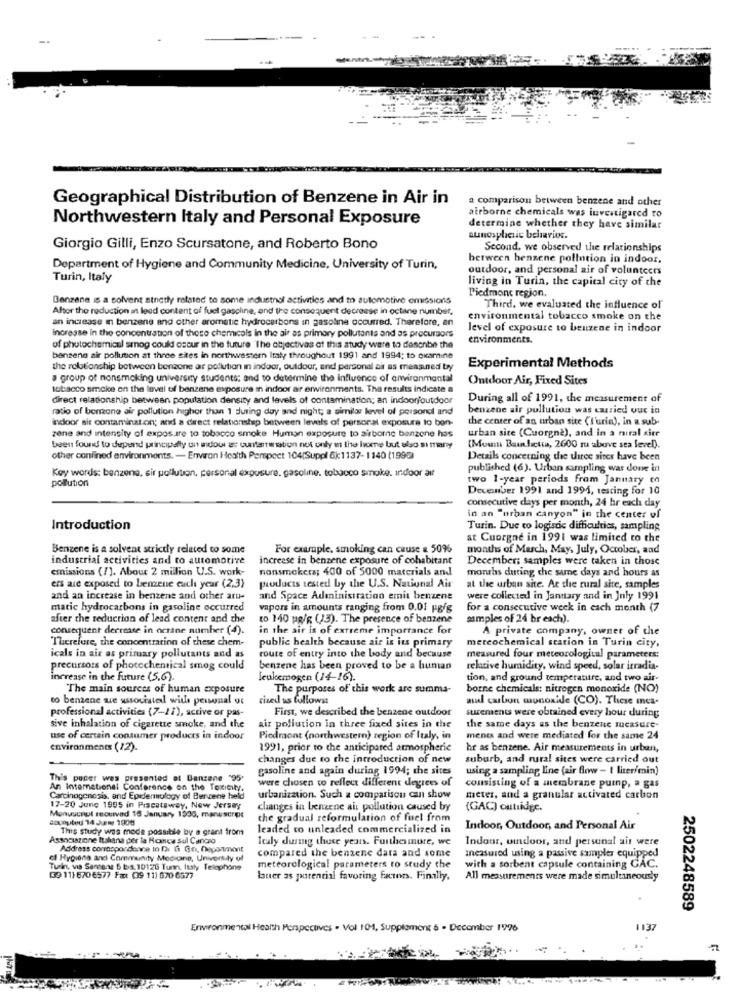
Geographical Distribution of Benzene in Air in
a comparison between benzene and other
airborne chemicals was invertigared to
Northwestern Italy and Personal Exposure
determine whether they have similar
atmospheric behavior.
Giorgio Gilli, Enzo Scursatone, and Roberto Bono
Second, we observed the relationships
between benzene pollution in indoor.
Department of Hygiene and Community Medicine, University of Turin,
outdoor, and personal air of volunteers
Turin, Italy
living in Turin, the capital city of the
Piedmont region.
Benzene is a solvent strictly related to some industhel activities and m automotive emissions
Aftor the reduction an leed content ai fuel gasoline, and the consequent decrease in octane number,
Third. we evaluated the influence of
an increase in benzene and other aromatic hydrocarbons in gasoline occurred. Therefore, en
environmental tobacco smoke on the
increase in the concentration of those chemicals in the air as primary pollutants and as precursors
level of exposure to benzene in indoor
environments.
of photochemical smog could occur in the future The objectives of this study ware to describe the
benzene air pollution at three sites in northwestern Italy throughout 1991 and 1994; to ckarine
the relationship between benzene ar pollution in indoor, outdoor, and personal ai as measured by
Experimental Methods
a group of nonsmoking university students; and to determine the influence of environmental
Outdoor Air, Fixed Sites
tobacco smoke on the level of benzene exposure in indoor ar environments. Tha results indicate a
direct relationship between population density and levels of contamination; an indoor/outdoor
During all of 1991, the measurement of
ratio of benzone air pollution higher than 1 during day and night; a similar level of personel and
benzene air pollution was carried out in
indoor sit contamination; and a direct relationship between levels of personal exposure to bon-
the center of an urban site ('I'urin), in a sub-
zene and intensity of exposure to tobacco smoke Human exposure to airborne benzone has
urban site (Cuorgnè), and in a miral site
been found to depend principally un andour ar cuntarranation not only in the home but also si many
(Moun Bainhetta, 2600 ru above sea level).
other confined environments. - Environ Health Perspect 104[Suppl &k1137- 1140 (1998)
Details concerning the three sites have been
Key words: benzene, sir pollution, personal exposure, gasoline. tobacco smoke. indoor ait
published (6). Urban sampling was done in
pollution
two 1-year periods from January on
December 1991 and 1991, testing for 10
consecutive days per month, 24 hr each day
in an "urban canyon" in the center of
Introduction
Turin. Due to logistic difficulties, sampling
at Cuorgne in 1991 was limited to the
Benzene is a solvent strictly related to some
For example, smoking can cause & 509%
months of March, May, July, October, and
industrial activities and ro automotive
increase in benzene exposure of cohabitant
December; samples were taken in those
emissions (!). About 2 million U.S. work-
nonsmokers; 400 of 5000 materials and
months during the sune days and hours as
products tested by the U.S. National Air
ers are exposed to benzene cuch year (2,3)
at the urban site. At the rural site, samples
and an increase in benzene and other art-
and Space Administration emit benzene
were collected in Jantary and in July 1991
matic hydrocarbons in gasoline occurred
vapors in amounts ranging from 0.01 ug/g
for a consecutive week in each month (7
after the reduction of lead content and the
to 140 ug/g (13). The presence of benzene
samples of 24 br each).
consequent decrease in octane number (4).
in the air is of extreme importance for
A private company, owner of the
Therefore, the concentration of these chem-
public health because air is its primary
mercochemical station in Turin city,
icals in air as primary pollutants and as
route of entry into the body and because
measured four meteorological parameters:
precursors of photochentical smog could
benzene has been proved to be a human
relative humidity, wind speed, solar itradia-
increase in the future (5.6).
leukemogen (14-16).
tion, and ground temperature, and two air.
The main sources of human exposure
The purposes of this work are summa-
borne chemicals: nitrogen monoxide (NO)
to benzene wie associated witha personal or
cized us follows
mul carbon monoxide (CO). These mes-
professional activities (7-11), active or pas-
First, we described the benzene outdoor
surements were obtained every hour during
sive inhalation of cigarette smoke, and the
air pollution in three fixed sites in the
the same days as the benzene measure-
use of certain consumer products in indoor
Piedmont (northwestern) region of Italy, in
ments and were mediated for the same 24
environments (12).
1991, prior to the anticipated atmospheric
hr as benzene. Air measurements in urban,
changes due to the introduction of new
suburb, and rural sites were carried out
gasoline and again during 1994; the sites
using a sampling line (air flow - 1 liter/min)
This pocer was presented at Banzene "95'
were chosen to reflect different degrees of
consisting of a membrane pump, a gas
An International Conference on the Toxicity.
Carcinogenesis, and Epelermology of Benzene held
urbanization. Such a comparison cui show
meter, and a granular activated carbon
17-20 June 1995 in Piscataway, New Jersey
changes in benzene air pollution caused by
(GAC) outridge.
Bocoutud 14 Jury 1900
Menuschul reouivad 18 January 1906, manuscript
the gradual reformulation of fuel from
This study was mode possible by a grant from
leaded to unleaded commercialized in
Indoor, Outdoor, and Personal Air
Associazione Italiana per la Ronce Sul Cancro
Italy during these years. Furthermore, we
Indoor, omdoor, and personal ait were
Address commepordenne to Di Gi Go, Department
compared the benzene data and some
of Hygiene and Community Medicine, Unvonkdy of
measured using a passive sampler equipped
Turin, via Sanners 5 bs. 10126 Tunn, Italy Telophone
meteorological parameters to study the
with a sorbent capsule containing GAC.
(9 11) 670 6577 Fat (39 11) 670 6577
lauer as potential favoring Factors. Finally,
All measurements were made simultaneously
2502248589
Environmental Health Perspectives . Vol 104, Supplement 6 . December 1996
1137